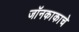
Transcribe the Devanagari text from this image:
जॉनकाकाचे